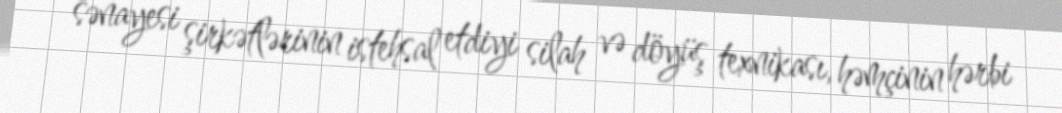
sənayesi şirkətlərinin istehsal etdiyi silah və döyüş texnikası, həmçinin hərbi